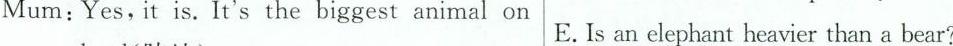
Mum:Yes, it is. It's the biggest animal on E.Is an elephant heavier than a bear?